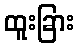
ထူးခြား